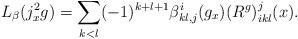
LaTeX: \begin{align*}L_{\beta }(j_{x}^{2}g)=\sum_{k<l}(-1)^{k+l+1}\beta_{kl,j}^{i}(g_{x})(R^{g})_{ikl}^{j}(x). \end{align*}